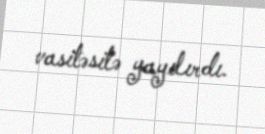
vasitəsilə yayılırdı.